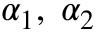
\alpha _ { 1 } , \; \alpha _ { 2 }